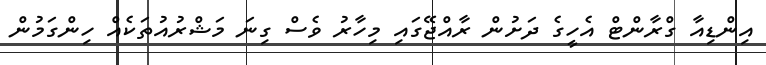
އިންޑިއާ ގްރާންޓް އެހީގެ ދަށުން ރާއްޖޭގައި މިހާރު ވެސް ގިނަ މަޝްރުއުތަކެއް ހިންގަމުން